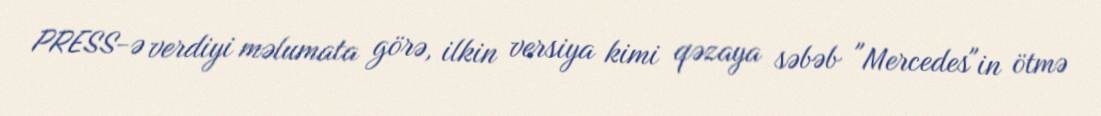
PRESS-ə verdiyi məlumata görə, ilkin versiya kimi qəzaya səbəb "Mercedes"in ötmə